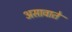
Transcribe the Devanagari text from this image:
असावाते